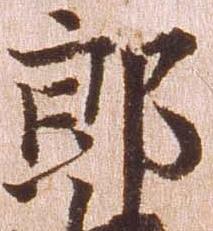
郎